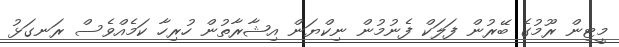
މީޓިން ރޫމުގެ ބޭރުން ފަލަކް ފެނުމުން ނިކްޔަން އިޝާރާތުން ހުރިހާ ކަމެއްވެސް ރަނގަޅު